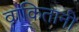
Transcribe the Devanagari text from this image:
वाकितानी